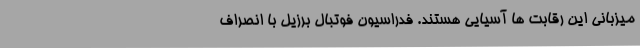
میزبانی این رقابت ها آسیایی هستند. فدراسیون فوتبال برزیل با انصراف